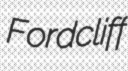
Fordcliff